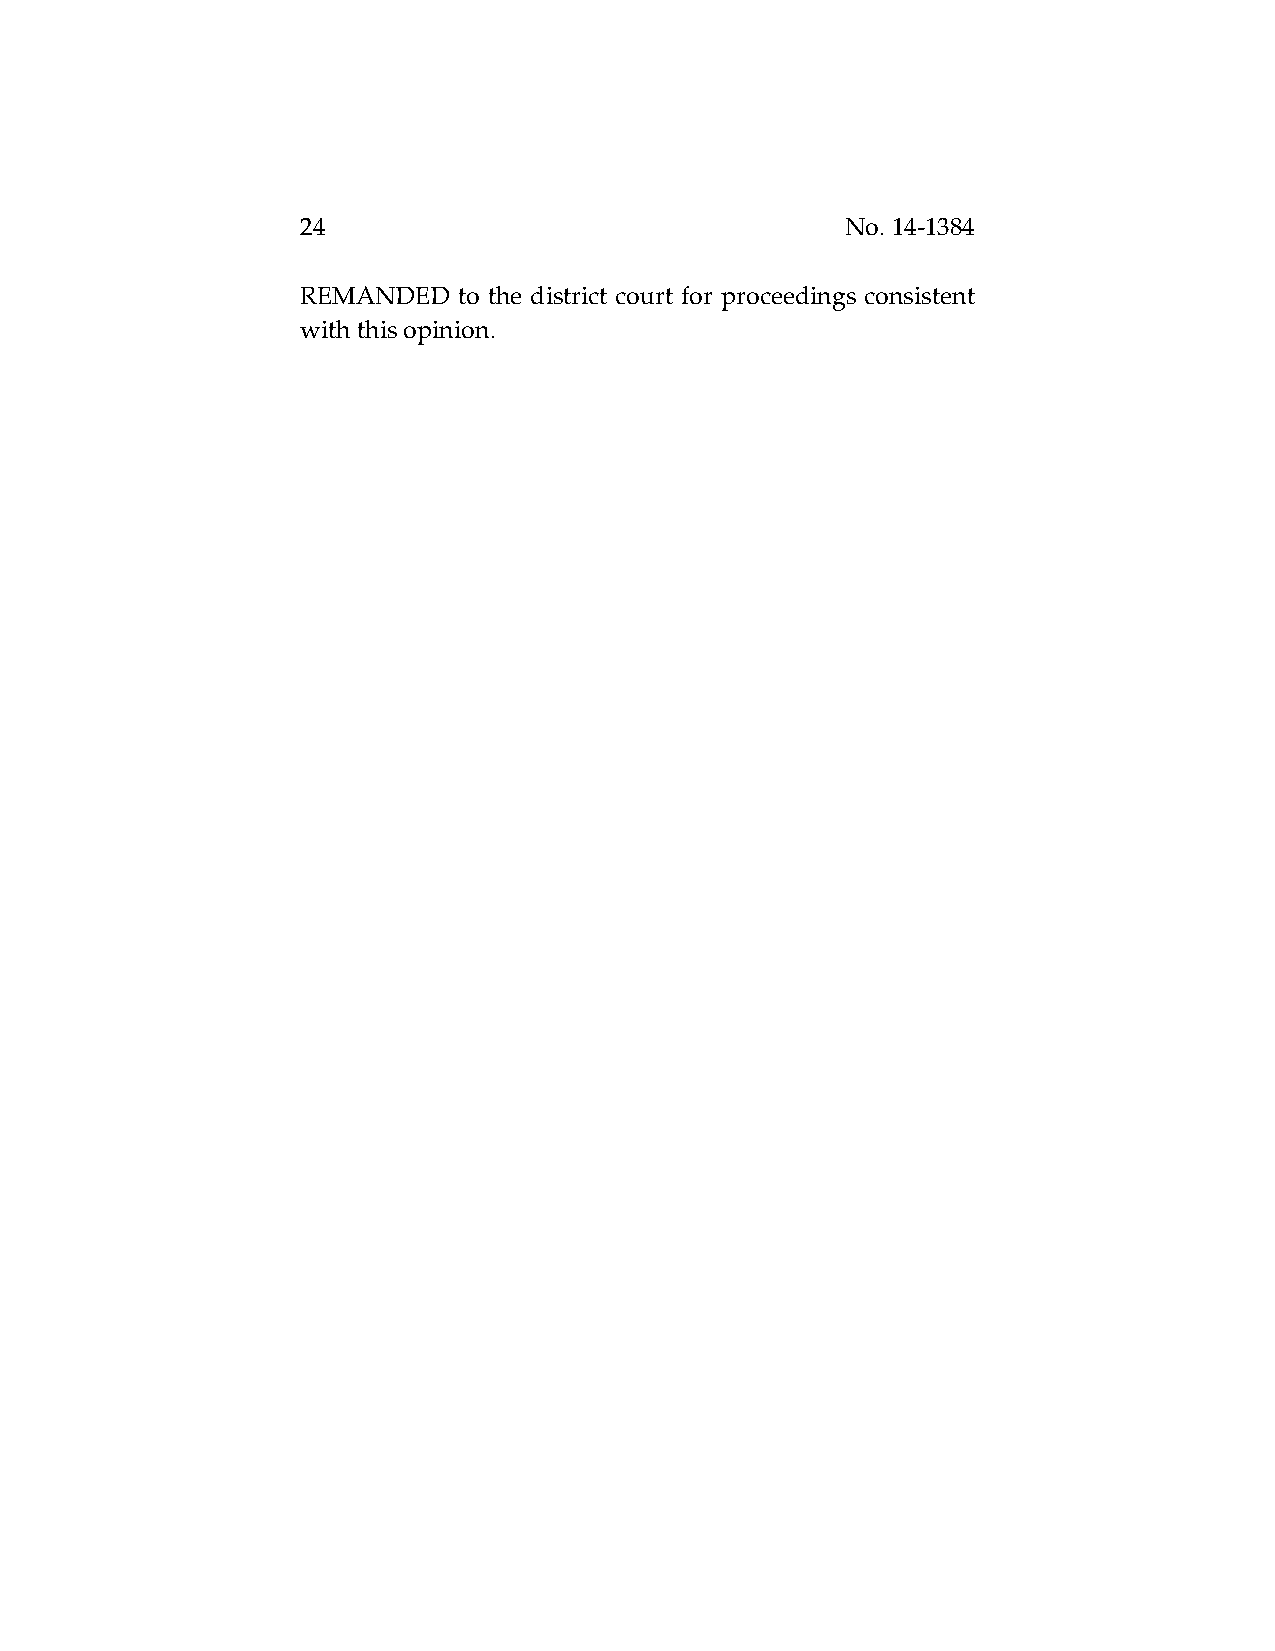
24                                  No. 14-1384
 REMANDED  to the district court for proceedings consistent
 with this opinion.